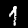
Digit: 1